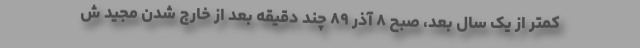
کمتر از یک سال بعد، صبح ۸ آذر ۸۹ چند دقیقه بعد از خارج شدن مجید ش